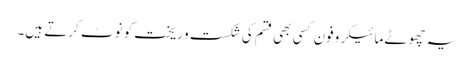
یہ چھوٹے مائیکروفون کسی بھی قسم کی شکست و ریخت کو نوٹ کرتے ہیں۔